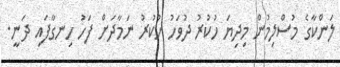
ލަންކާގެ މުސްލިމުން މިދިޔަ ހުކުރު ދުވަހު ހުކުރު ނަމާދަށް ފަހު ހިނގާފައި ދަނީ.